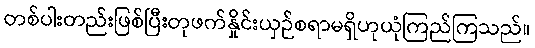
တစ်ပါးတည်းဖြစ်ပြီးတုဖက်နှိုင်းယှဉ်စရာမရှိဟုယုံကြည်ကြသည်။